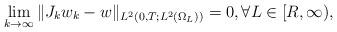
LaTeX: \begin{align*}\lim_{k\to\infty}\|J_kw_k-w\|_{L^2(0,T; L^2(\Omega_L))}=0, \forall L\in [R,\infty),\end{align*}